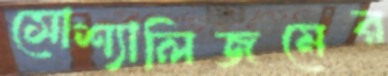
সোশ্যালিজমের